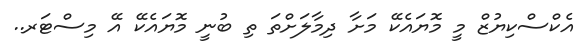
އެކްސްކިޔުޒް މީ މޮޔައެކޭ މަށާ ދިމާލަށްތަ ތި ބުނީ މޮޔައެކޭ އޭ މިސްޓަރ..